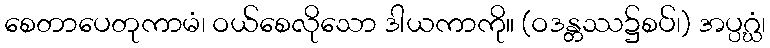
စေတာပေတုကာမံ၊ ဝယ်စေလိုသော ဒါယကာကို။ (ဝဒန္တဿ၌စပ်၊) အပ္ပဂ္ဃံ၊